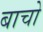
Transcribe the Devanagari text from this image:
बाचो